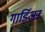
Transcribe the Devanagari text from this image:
गार्डिअन